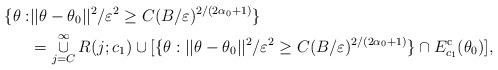
LaTeX: \begin{align*}\{\theta:& ||\theta-\theta_{0}||^{2} / \varepsilon^{2} \geq C ( B / \varepsilon)^{2/(2\alpha_{0}+1)}\} \\&= \mathop{\cup}_{j=C}^{\infty}R(j;c_{1})\cup[\{\theta: ||\theta-\theta_{0}||^{2} / \varepsilon^{2} \geq C ( B / \varepsilon )^{2/(2\alpha_{0}+1)}\}\cap E^{\mathrm{c}}_{c_{1}}(\theta_{0})],\end{align*}